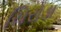
ચિરોડા